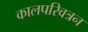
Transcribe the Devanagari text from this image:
कालपरिवत्रन